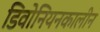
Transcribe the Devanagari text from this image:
डिवोनियनकालीन